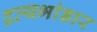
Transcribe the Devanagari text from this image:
द्रव्यभांडार